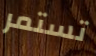
تستمر